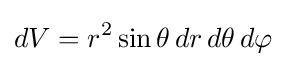
dV=r^{2}\sin \theta \,dr\,d\theta \,d\varphi